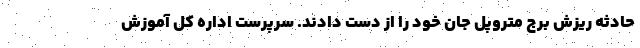
حادثه ریزش برج متروپل جان خود را از دست دادند. سرپرست اداره کل آموزش